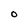
Character: O